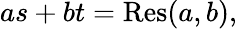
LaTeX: as+bt=\operatorname{Res}(a,b),